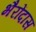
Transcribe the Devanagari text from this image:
भैरोंदास